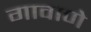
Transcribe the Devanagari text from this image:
गावाणे